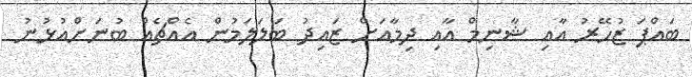
ބައްޕަ ޒުހޭރު އާއި ޝާނިމް އާއި ދިމާއަށް ޒައިދު ބަލަލަމުން އެއްޗެއް ބުނަށްއުޅުނު